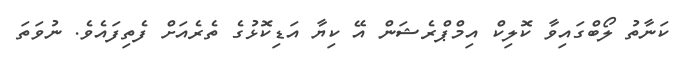
ކަނާތު ލޯބްގައިވާ ކޮލިކް އިމްޕްރެޝަން އޭ ކިޔާ އަޑިކޮޅުގެ ތެރެއަށް ފެތިފައެވެ. ނުވަތަ